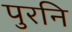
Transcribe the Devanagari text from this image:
पुरनि